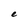
Character: e